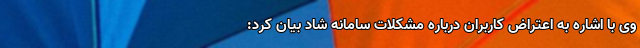
وی با اشاره به اعتراض کاربران درباره مشکلات سامانه شاد بیان کرد: